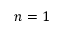
n = 1